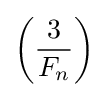
\left({\frac {3}{F_{n}}}\right)